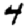
Digit: 4